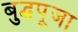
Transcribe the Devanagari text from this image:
बुद्धपूजा